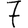
Digit: 7